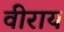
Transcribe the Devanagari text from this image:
वीराय